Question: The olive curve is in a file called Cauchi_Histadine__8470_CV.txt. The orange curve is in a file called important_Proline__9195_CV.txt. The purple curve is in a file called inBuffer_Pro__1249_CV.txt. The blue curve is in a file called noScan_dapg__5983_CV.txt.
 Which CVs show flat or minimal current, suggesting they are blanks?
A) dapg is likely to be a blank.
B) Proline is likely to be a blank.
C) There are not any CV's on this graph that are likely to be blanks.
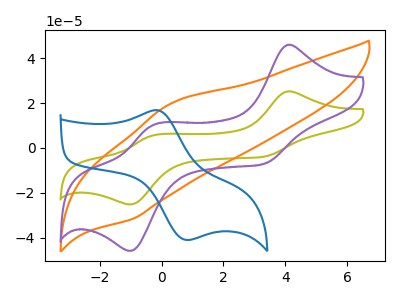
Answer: <think>The olive curve "Histadine" has anodic peaks at (4.10V, 25.25uA) (-0.25V, 5.60uA) and cathodic peaks at (3.30V, -3.90uA) (-1.00V, -25.15uA). The orange curve "Proline" has an anodic peak at (0.30V, 19.90uA) and a cathodic peak at (-0.95V, -31.70uA). The purple curve "Pro" has anodic peaks at (4.10V, 46.05uA) (-0.25V, 10.25uA) and cathodic peaks at (3.30V, -7.10uA) (-1.00V, -45.90uA). The blue curve "dapg" has an anodic peak at (-0.10V, 16.75uA) and a cathodic peak at (0.85V, -41.05uA).</think>
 <answer>C) There are not any CV's on this graph that are likely to be blanks.</answer>
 <eval>C</eval>